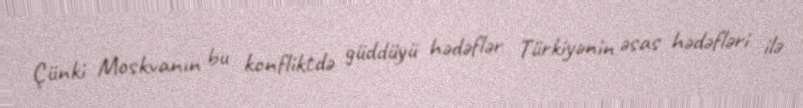
Çünki Moskvanın bu konfliktdə güddüyü hədəflər Türkiyənin əsas hədəfləri ilə